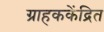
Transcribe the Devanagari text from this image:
ग्राहककेंद्रित